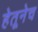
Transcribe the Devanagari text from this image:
हेतूनेच